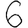
Digit: 6